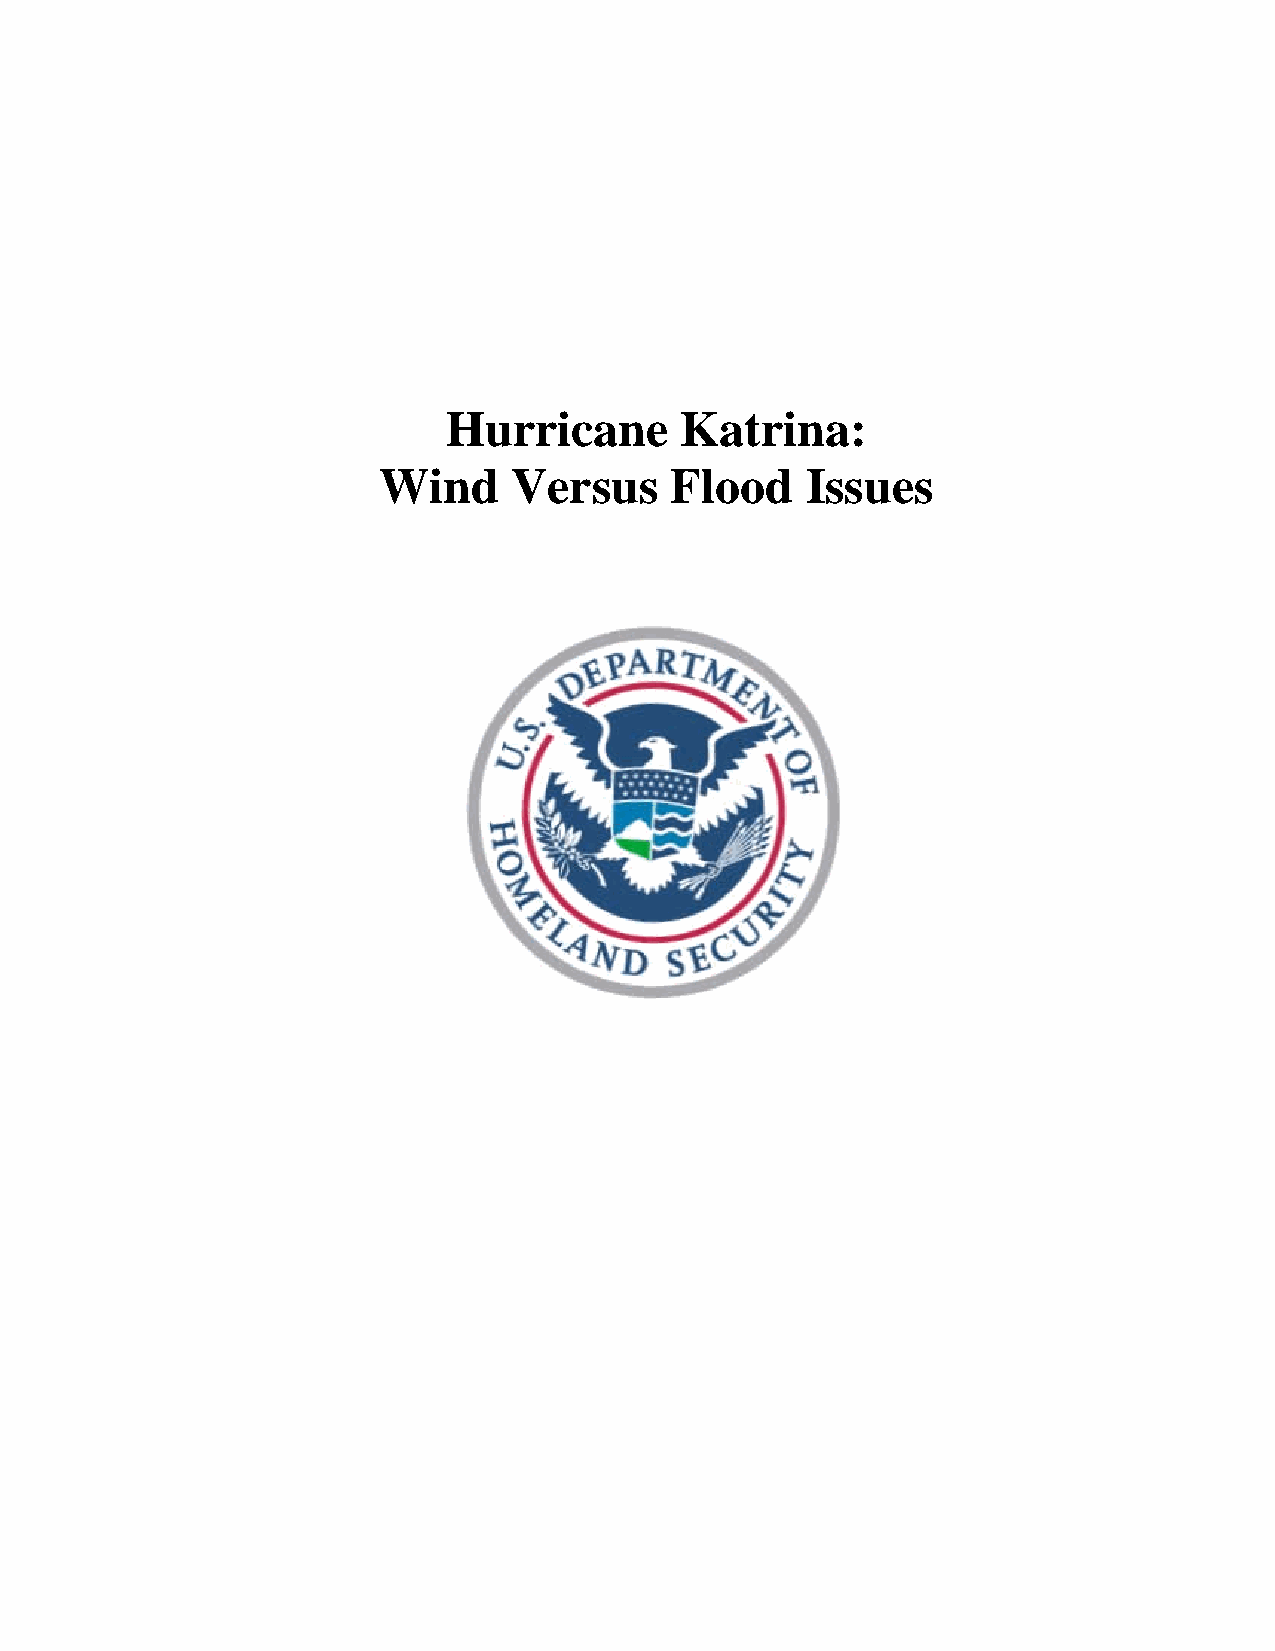
Hurricane      Katrina:
 Wind     Versus    Flood    Issues